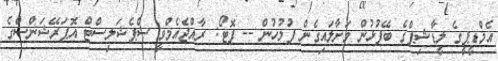
އެމްޑީޕީގެ ލީޑާޝިޕްގެ ބޭފުޅުން ވަށާލައިގެން ފުލުހުން -- ފޮޓޯ: ރާއްޖެއެމްވީ ސްޕެޝަލިސްޓް އޮޕަރޭޝަންސްގެ